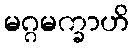
မဂ္ဂမက္ခာဟိ